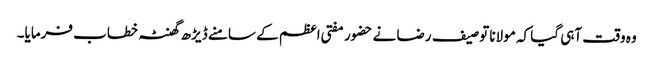
وہ وقت آہی گیا کہ مولانا توصیف رضا نے حضور مفتی اعظم کے سامنے ڈیڑھ گھنٹہ خطاب فرمایا۔